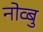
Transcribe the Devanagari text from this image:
नोव्बु